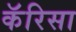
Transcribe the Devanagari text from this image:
कॅरिसा